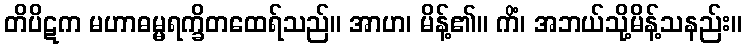
တိပိဋက မဟာဓမ္မရက္ခိတထေရ်သည်။ အာဟ၊ မိန့်၏။ ကိံ၊ အဘယ်သို့မိန့်သနည်း။